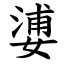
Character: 㜑